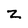
Character: z